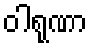
ဝါရုဏာ